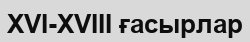
XVI-XVIII ғасырлар